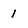
Character: I